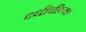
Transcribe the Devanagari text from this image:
दधीचीच्या